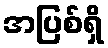
အပြစ်ရှိ